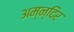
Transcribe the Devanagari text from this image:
अम्न्दिर